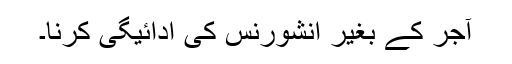
آجر کے بغیر انشورنس کی ادائیگی کرنا۔